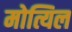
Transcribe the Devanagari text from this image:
मोत्यिल